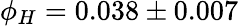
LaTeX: \phi_{H}=0.038\pm 0.007